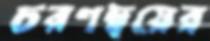
চরণদ্বয়ের